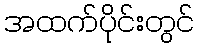
အထက်ပိုင်းတွင်